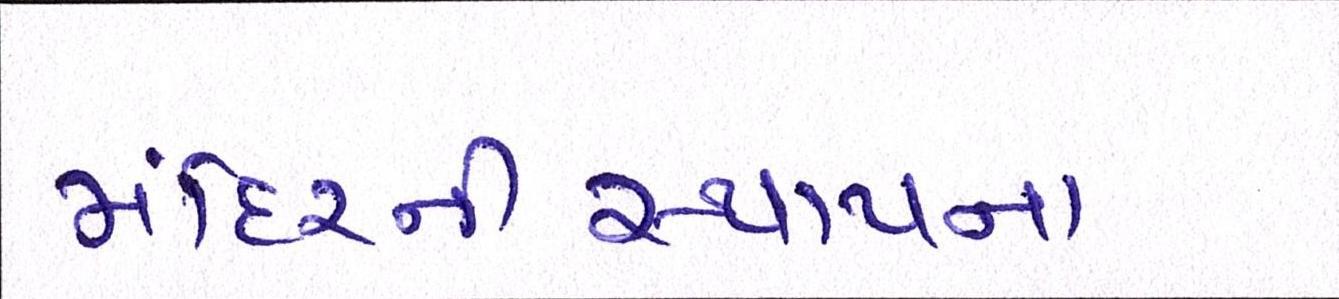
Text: મંદિરનીસ્થાપના